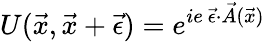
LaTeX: U(\vec{x},\vec{x}+\vec{\epsilon})=e^{ie~\vec{\epsilon}\cdot\vec{A}(\vec{x})}